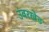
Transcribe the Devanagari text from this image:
उंबरखेड